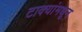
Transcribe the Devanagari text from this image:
टाक्यांमधून